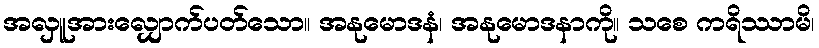
အလှူအားလျှောက်ပတ်သော။ အနုမောဒနံ၊ အနုမောဒနာကို။ သစေ ကရိဿာမိ၊